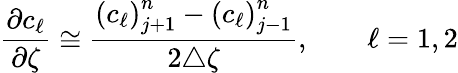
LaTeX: \frac{\partial c_{\ell}}{\partial\zeta}\cong\frac{{\left(c_{\ell}\right)}_{j+1}^{n}-{\left(c_{\ell}\right)}_{j-1}^{n}}{2\triangle\zeta},~~~~~~~~\ell=1,2